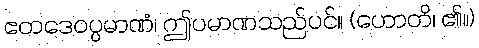
ဧတဒေဝပ္ပမာဏံ၊ ဤပမာဏသည်ပင်။ (ဟောတိ၊ ၏။)